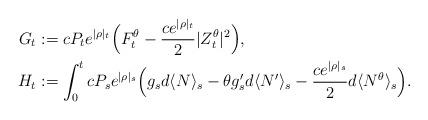
LaTeX: \begin{align*}G_t &:=cP_t e^{|\rho|_t}\Big(F_t^\theta -\frac{ce^{|\rho|_t}}{2}|Z_t^\theta|^2\Big),\\H_t &:= \int_0^t cP_s e^{|\rho|_s} \Big(g_s d\langle N \rangle_s -\theta g^\prime_s d\langle N^\prime \rangle_s - \frac{ce^{|\rho|_s}}{2}d\langle N^\theta \rangle_s \Big).\end{align*}